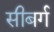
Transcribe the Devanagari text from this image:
सीबर्ग